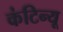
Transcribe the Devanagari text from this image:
कंटिन्यू